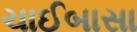
ચાઈબાસા